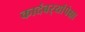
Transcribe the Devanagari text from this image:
कादंबर्‍यांपेक्षा